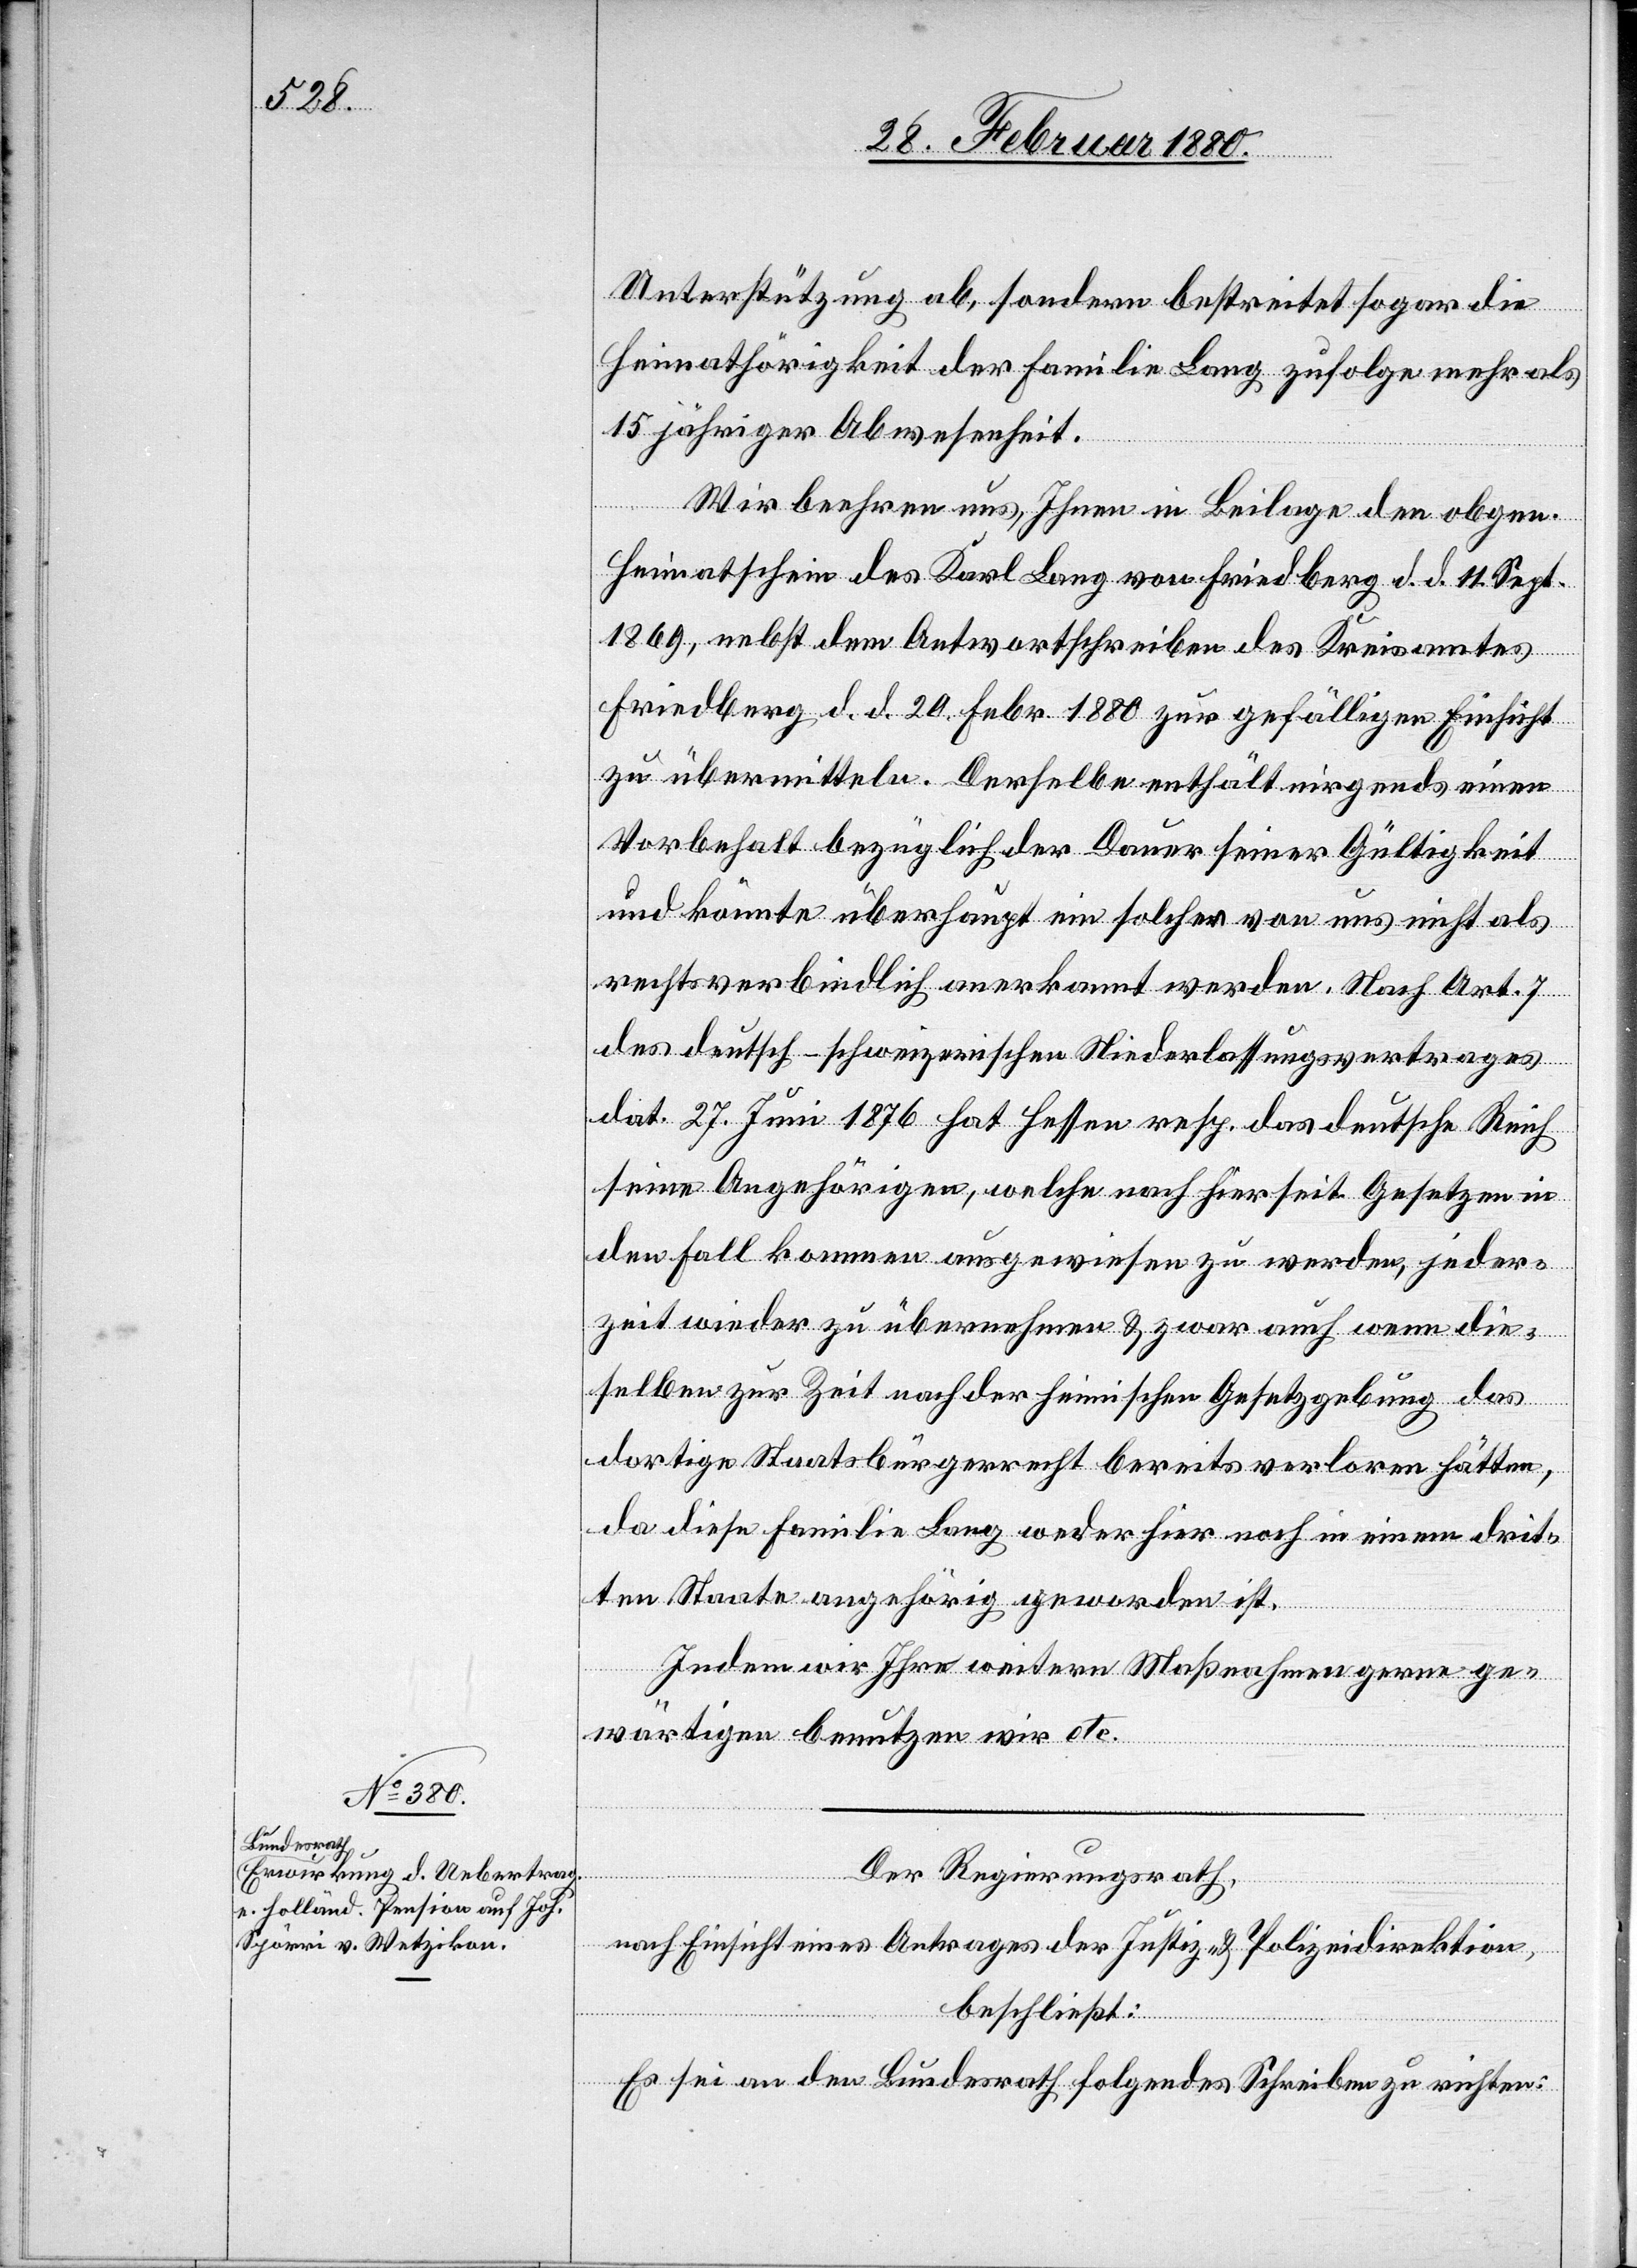
Unterstützung ab, sondern bestreitet sogar die
Heimathörigkeit der Familie Lang zufolge mehr als
15 jähriger Abwesenheit.
Wir beehren uns, Ihnen in Beilage den obgen.
Heimatschein des Karl Lang von Friedberg d. d. 11. Sept.
1869, nebst dem Antwortschreiben des Kreisamtes
Friedberg d. d. 20. Febr. 1880 zur gefälligen Einsicht
zu übermitteln. Derselbe enthält nirgends einen
Vorbehalt bezüglich der Dauer seiner Gültigkeit
und könnte überhaupt ein solcher von uns nicht als
rechtsverbindlich anerkannt werden. Nach Art. 7
des deutsch-schweizerischen Niederlassungsvertrages
dat. 27. Juni 1876 hat Hessen resp. das deutsche Reich
seine Angehörigen, welche nach hierseit. Gesetzen in
den Fall kommen ausgewiesen zu werden, jeder¬
zeit wieder zu übernehmen & zwar auch wenn die¬
selben zur Zeit nach der heimischen Gesetzgebung das
dortige Staatsbürgerrecht bereits verloren hätten,
da diese Familie Lang weder hier noch in einem drit¬
ten Staate angehörig geworden ist.
Indem wir Ihre weitern Maßnahmen gerne ge¬
wärtigen benutzen wir etc.
Der Regierungsrath,
nach Einsicht eines Antrages der Justiz- & Polizeidirektion,
beschließt:
Es sei an den Bundesrath folgendes Schreiben zu richten: